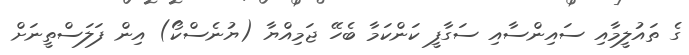
ގެ ތައުލީމާއި ސައިންސާއި ސަގާފީ ކަންކަމާ ބެހޭ ޖަމިއްޔާ (ޔުނެސްކޯ) އިން ފަލަސްތީނަށް